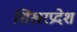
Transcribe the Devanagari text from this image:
शिखरप्रदेश